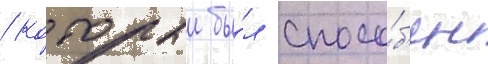
/ которыи бы́л спосо́б'ен